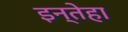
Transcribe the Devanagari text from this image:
इन्तेहा